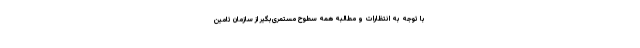
با توجه به انتظارات و مطالبه همه سطوح مستمری‌بگیر از سازمان تامین